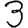
Digit: 3